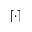
\lceil \cdot \rceil